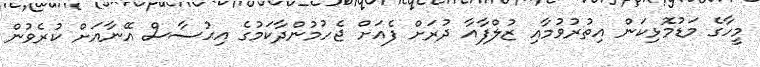
މީހާގެ މަޑުމޮޅިކަން އިތުރުވުމާއި ޒުލްފާއާ ދުރަށް ފެއަށް ޖެހުމުންދާކަމުގެ އިޙުސާސް އޭނާއަށް ކުރެވުން